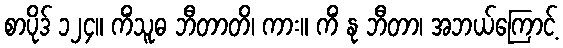
စာပိုဒ် ၁၂၄။ ကိံသူဓ ဘီတာတိ၊ ကား။ ကိံ နု ဘီတာ၊ အဘယ်ကြောင့်